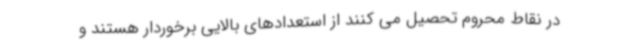
در نقاط محروم تحصیل می کنند از استعدادهای بالایی برخوردار هستند و